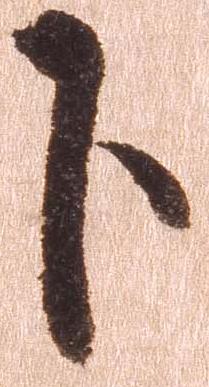
下